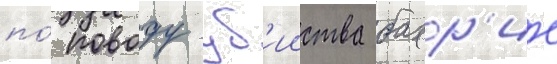
по́ поводу уб'ииства бахр'ие